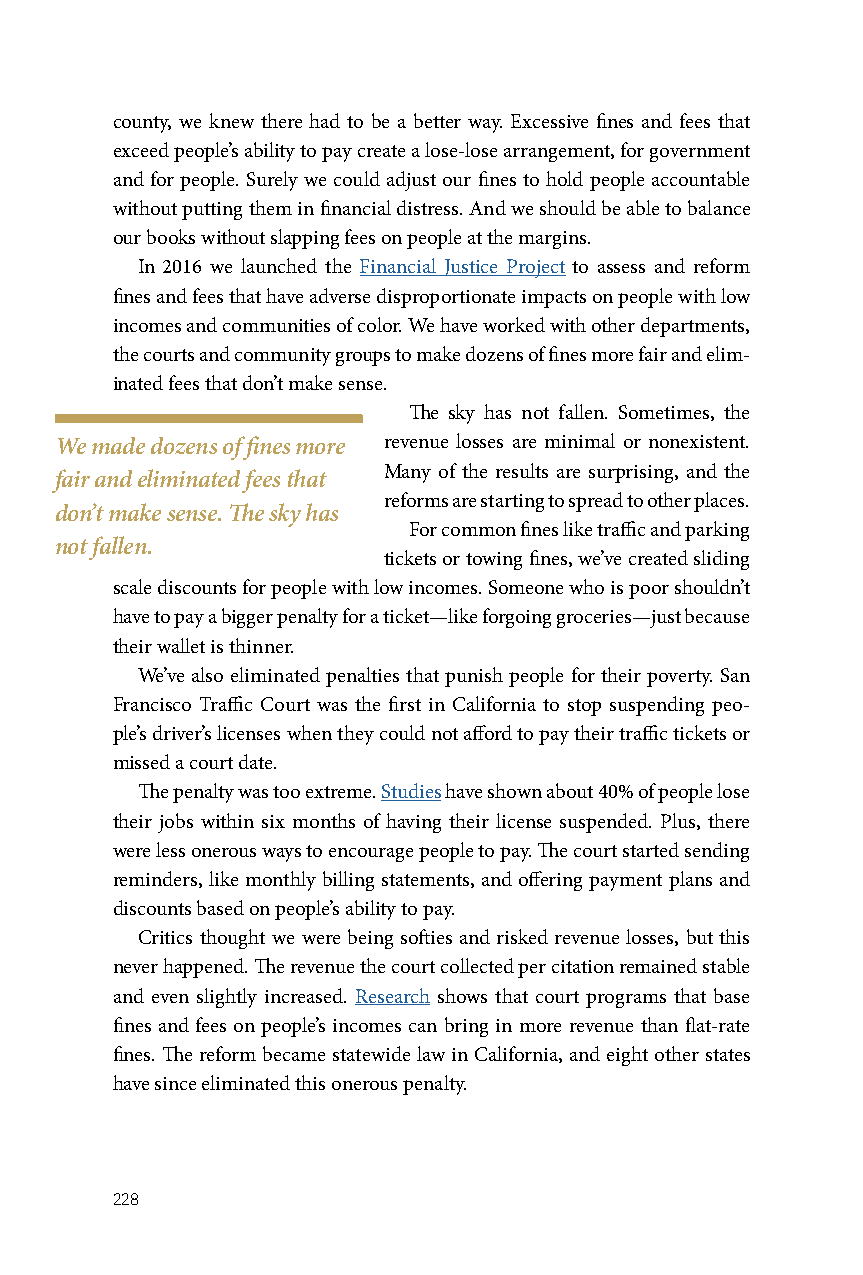
county, we knew there had to be a better way. Excessive fines and fees that
 exceed people’s ability to pay create a lose-lose arrangement, for government
 and for people. Surely we could adjust our fines to hold people accountable
 without putting them in financial distress. And we should be able to balance
 our books without slapping fees on people at the margins.
 In 2016 we launched the Financial Justice Project to assess and reform
 fines and fees that have adverse disproportionate impacts on people with low
 incomes and communities of color. We have worked with other departments,
 the courts and community groups to make dozens of fines more fair and elim-
 inated fees that don’t make sense.
 The sky has not fallen. Sometimes, the
 We made dozens of fines more revenue losses are minimal or nonexistent.
 Many of the results are surprising, and the
 fair and eliminated fees that
 reforms are starting to spread to other places.
 don’t make sense. The sky has
 For common fines like traffic and parking
 not fallen.
 tickets or towing fines, we’ve created sliding
 scale discounts for people with low incomes. Someone who is poor shouldn’t
 have to pay a bigger penalty for a ticket—like forgoing groceries—just because
 their wallet is thinner.
 We’ve also eliminated penalties that punish people for their poverty. San
 Francisco Traffic Court was the first in California to stop suspending peo-
 ple’s driver’s licenses when they could not afford to pay their traffic tickets or
 missed a court date.
 The penalty was too extreme. Studies have shown about 40% of people lose
 their jobs within six months of having their license suspended. Plus, there
 were less onerous ways to encourage people to pay. The court started sending
 reminders, like monthly billing statements, and offering payment plans and
 discounts based on people’s ability to pay.
 Critics thought we were being softies and risked revenue losses, but this
 never happened. The revenue the court collected per citation remained stable
 and even slightly increased. Research shows that court programs that base
 fines and fees on people’s incomes can bring in more revenue than flat-rate
 fines. The reform became statewide law in California, and eight other states
 have since eliminated this onerous penalty.
 228